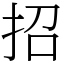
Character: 招